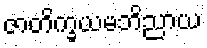
ဇာတိက္ခယမဘိညာယ